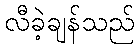
လီခဲ့ချန်သည်